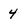
Character: 4